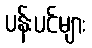
ပန်းပင်များ